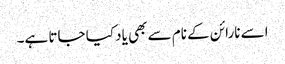
اسے نارائن کے نام سے بھی یاد کیا جاتا ہے۔